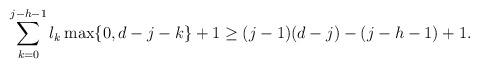
LaTeX: \begin{align*}\sum_{k=0}^{j-h-1} l_k \max \{0,d-j-k\} +1 \geq (j-1)(d-j) - (j-h-1) +1. \end{align*}